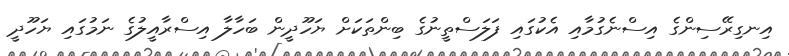
އިނގިރޭސިންގެ އިސްނެގުމާއި އެކުގައި ފަލަސްތީނުގެ ބިންތަކަށް ޔަހޫދީން ބަހާލާ އިސްރާއީލުގެ ނަމުގައި ޔަހޫދީ